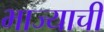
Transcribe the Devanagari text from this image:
भाज्याची